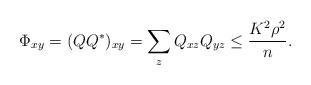
LaTeX: \begin{align*} \Phi_{xy}=(QQ^*)_{xy}=\sum_{z} Q_{xz}Q_{yz}\leq \frac{K^2\rho^2}{n}. \end{align*}